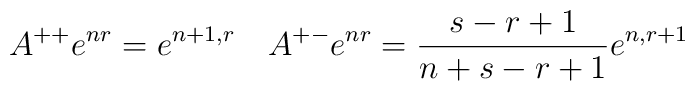
A^{++}e^{nr}=e^{n+1,r}\quad A^{+-}e^{nr}=\frac{s-r+1}{n+s-r+1}e^{n,r+1}